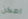
امكن